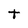
Character: t